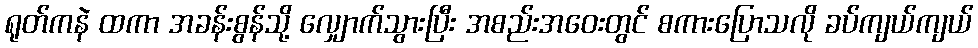
ရုတ်ကနဲ ထကာ အခန်းစွန်သို့ လျှောက်သွားပြီး အစည်းအဝေးတွင် စကားပြောသလို ခပ်ကျယ်ကျယ်